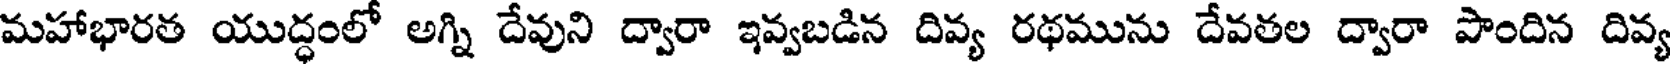
మహాభారత యుద్ధంలో అగ్ని దేవుని ద్వారా ఇవ్వబడిన దివ్య రథమును దేవతల ద్వారా పొందిన దివ్య